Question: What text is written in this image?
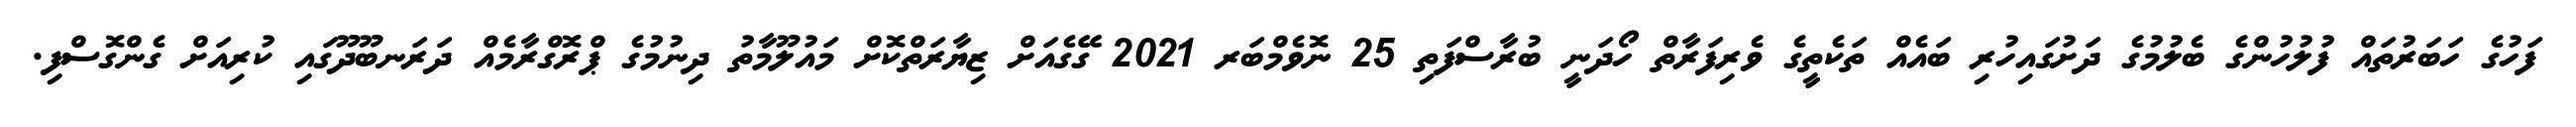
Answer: ފަހުގެ ހަބަރުތައް ފުލުހުންގެ ބެލުމުގެ ދަށުގައިހުރި ބައެއް ތަކެތީގެ ވެރިފަރާތް ހޯދަނީ ބުރާސްފަތި 25 ނޮވެމްބަރ 2021 ގޭގެއަށް ޒިޔާރަތްކޮށް މައުލޫމާތު ދިނުމުގެ ޕްރޮގްރާމެއް ދަރަނބޫދޫގައި ކުރިއަށް ގެންގޮސްފި.